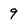
Character: 9